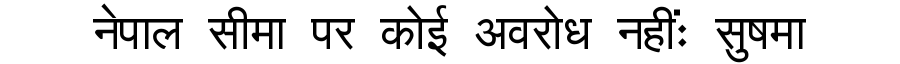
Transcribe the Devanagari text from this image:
नेपाल सीमा पर कोई अवरोध नहींः सुषमा